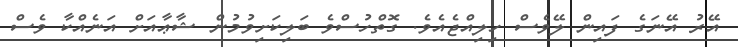
އޭރު އޭނަގެ ފައިން ލޭވެސް ހިލިއްޖެއެވެ. ގޮތްހުސްވެ ބަލިކަށިވުމުން ޝާޢާއަށް އަނެއްކާ ވެސް